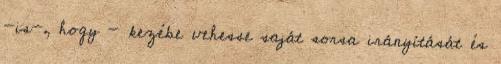
-is-, hogy - kezébe vehesse saját sorsa irányítását és